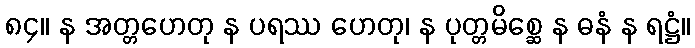
၈၄။ န အတ္တဟေတု န ပရဿ ဟေတု၊ န ပုတ္တမိစ္ဆေ န ဓနံ န ရဋ္ဌံ။